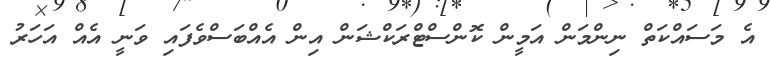
އެ މަސައްކަތް ނިންމަން އަމީން ކޮންސްޓްރަކްޝަން އިން އެއްބަސްވެފައި ވަނީ އެއް އަހަރު